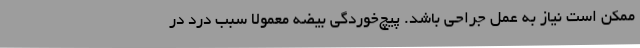
ممکن است نیاز به عمل جراحی باشد. پیچ‌خوردگی بیضه معمولاً سبب درد در